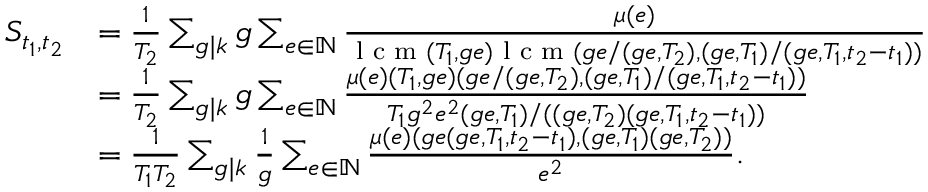
\begin{array} { r l } { S _ { t _ { 1 } , t _ { 2 } } } & { = \frac { 1 } { T _ { 2 } } \sum _ { g \mid k } g \sum _ { e \in \mathbb { N } } \frac { \mu ( e ) } { \textup { l c m } ( T _ { 1 } , g e ) \textup { l c m } ( g e / ( g e , T _ { 2 } ) , ( g e , T _ { 1 } ) / ( g e , T _ { 1 } , t _ { 2 } - t _ { 1 } ) ) } } \\ & { = \frac { 1 } { T _ { 2 } } \sum _ { g \mid k } g \sum _ { e \in \mathbb { N } } \frac { \mu ( e ) ( T _ { 1 } , g e ) ( g e / ( g e , T _ { 2 } ) , ( g e , T _ { 1 } ) / ( g e , T _ { 1 } , t _ { 2 } - t _ { 1 } ) ) } { T _ { 1 } g ^ { 2 } e ^ { 2 } ( g e , T _ { 1 } ) / ( ( g e , T _ { 2 } ) ( g e , T _ { 1 } , t _ { 2 } - t _ { 1 } ) ) } } \\ & { = \frac { 1 } { T _ { 1 } T _ { 2 } } \sum _ { g \mid k } \frac { 1 } { g } \sum _ { e \in \mathbb { N } } \frac { \mu ( e ) ( g e ( g e , T _ { 1 } , t _ { 2 } - t _ { 1 } ) , ( g e , T _ { 1 } ) ( g e , T _ { 2 } ) ) } { e ^ { 2 } } . } \end{array}